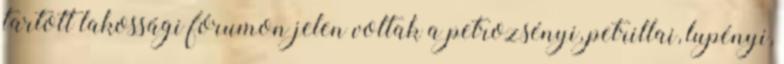
tartott lakossági fórumon jelen voltak a petrozsényi, petrillai, lupényi,